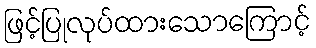
ဖြင့်ပြုလုပ်ထားသောကြောင့်